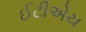
ઈટીએચ